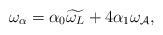
LaTeX: \begin{align*}\omega_{\alpha}=\alpha_{0}\widetilde{\omega_{L}} +4\alpha_{1}\omega_{\mathcal{A}},\end{align*}